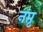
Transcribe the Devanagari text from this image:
नप्तृ